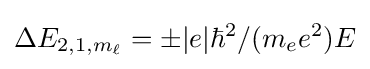
\Delta E_{2,1,m_{\ell }}=\pm |e|\hbar ^{2}/(m_{e}e^{2})E